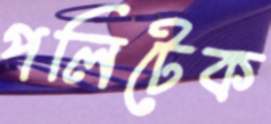
পলিটেক